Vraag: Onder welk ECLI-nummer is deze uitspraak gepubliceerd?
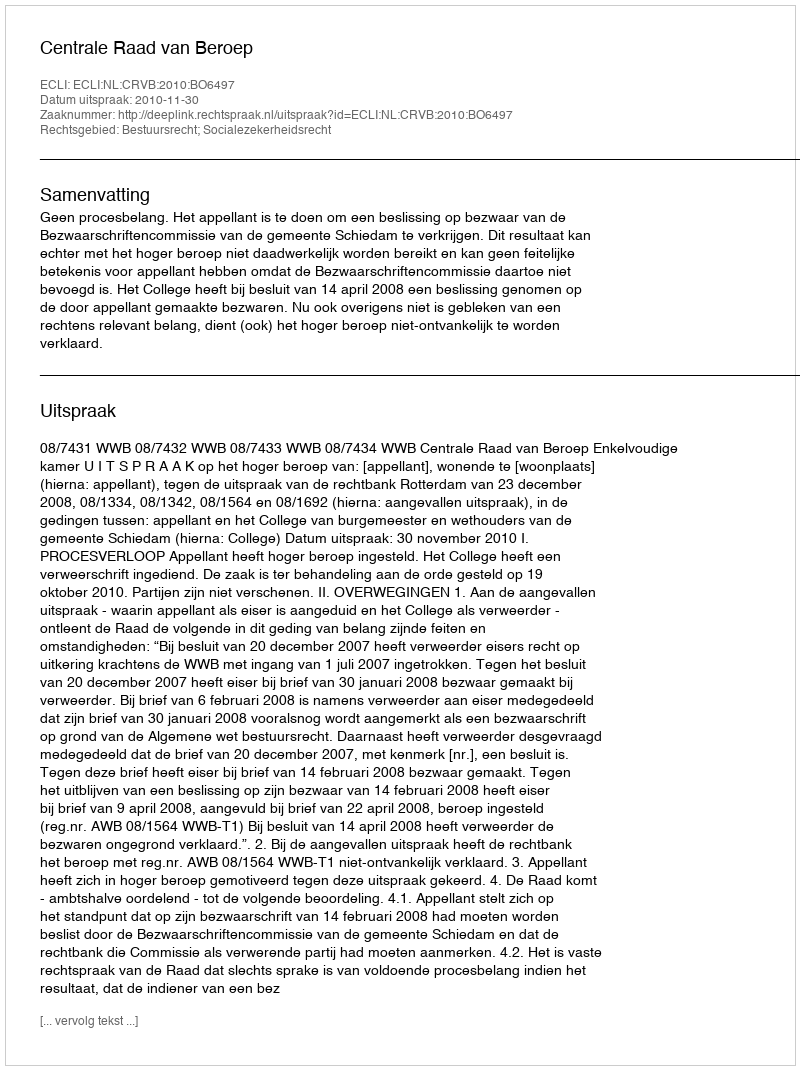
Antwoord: ECLI:NL:CRVB:2010:BO6497